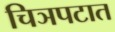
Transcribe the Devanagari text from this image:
चिञपटात